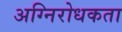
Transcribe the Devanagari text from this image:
अग्निरोधकता